Annual report of the Punjab Veterinary College and of the Civil Veterinary Department, Punjab - 1920-1925
Year: 1920
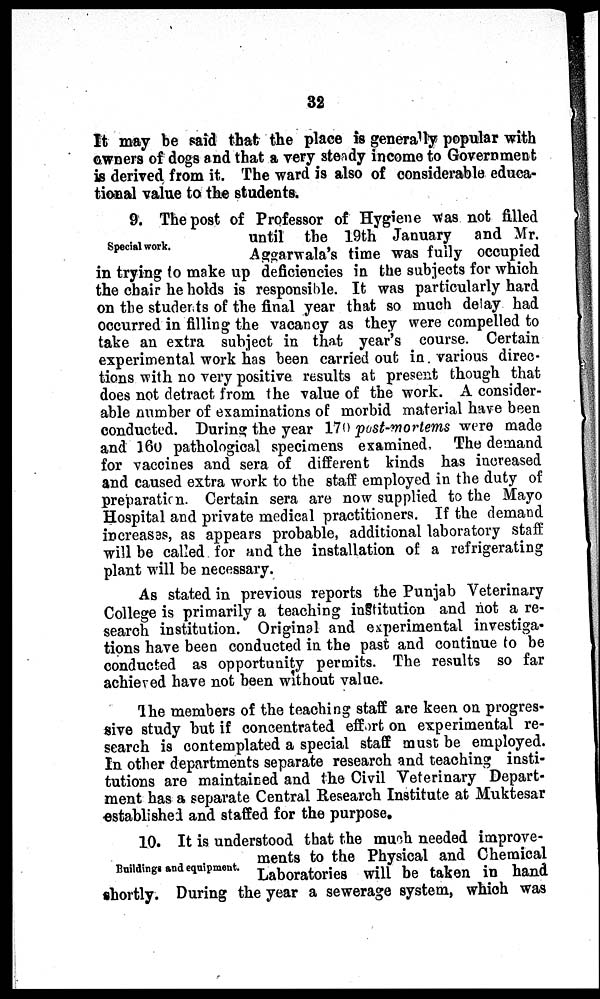
32
It may be said that the place is generally popular with
owners of dogs and that a very steady income to Government
is derived from it. The ward is also of considerable educa-
tional value to the students.
Special work.
9. The post of Professor of Hygiene was not filled
until the 19th January and Mr.
Aggarwala's time was fully occupied
in trying to make up deficiencies in the subjects for which
the chair he holds is responsible. It was particularly hard
on the students of the final year that so much delay had
occurred in filling the vacancy as they were compelled to
take an extra subject in that year's course. Certain
experimental work has been carried out in various direc-
tions with no very positive results at present though that
does not detract from the value of the work. A consider-
able number of examinations of morbid material have been
conducted. During the year 170 post-mortems were made
and 160 pathological specimens examined. The demand
for vaccines and sera of different kinds has increased
and caused extra work to the staff employed in the duty of
preparation. Certain sera are now supplied to the Mayo
Hospital and private medical practitioners. If the demand
increases, as appears probable, additional laboratory staff
will be called for and the installation of a refrigerating
plant will be necessary.
As stated in previous reports the Punjab Veterinary
College is primarily a teaching institution and not a re-
search institution. Original and experimental investiga-
tions have been conducted in the past and continue to be
conducted as opportunity permits. The results so far
achieved have not been without value.
The members of the teaching staff are keen on progres-
sive study but if concentrated effort on experimental re-
search is contemplated a special staff must be employed.
In other departments separate research and teaching insti-
tutions are maintained and the Civil Veterinary Depart-
ment has a separate Central Research Institute at Muktesar
established and staffed for the purpose.
Buildings and equipment.
10. It is understood that the much needed improve-
ments to the Physical and Chemical
Laboratories will be taken in hand
shortly. During the year a sewerage system, which was